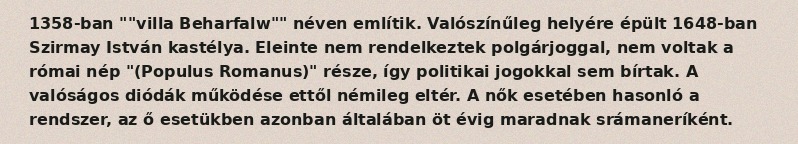
1358-ban ""villa Beharfalw"" néven említik. Valószínűleg helyére épült 1648-ban Szirmay István kastélya. Eleinte nem rendelkeztek polgárjoggal, nem voltak a római nép "(Populus Romanus)" része, így politikai jogokkal sem bírtak. A valóságos diódák működése ettől némileg eltér. A nők esetében hasonló a rendszer, az ő esetükben azonban általában öt évig maradnak srámaneríként.